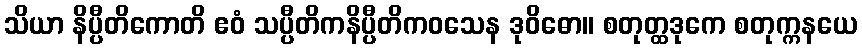
သိယာ နိပ္ပီတိကောတိ ဧဝံ သပ္ပီတိကနိပ္ပီတိကဝသေန ဒုဝိဓော။ စတုတ္ထဒုကေ စတုက္ကနယေ